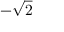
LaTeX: - { \sqrt { 2 } }